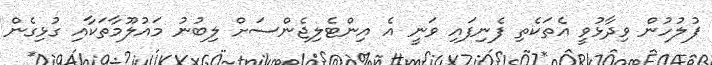
ފުލުހުން ވިދާޅުވީ އެތަކެތި ފެނިފައި ވަނީ އެ އިންޓެލިޖެންސަށް ލިބުނު މައުލޫމާތަކާއި ގުޅިގެން